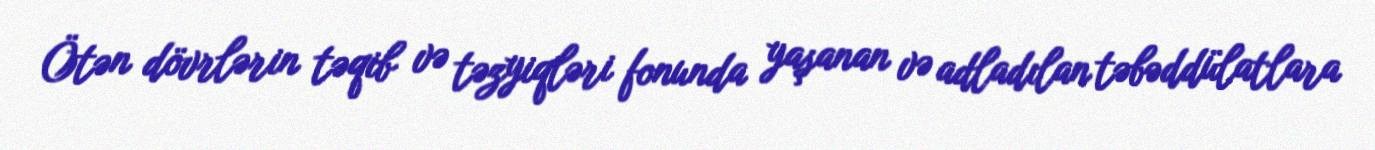
Ötən dövrlərin təqib və təzyiqləri fonunda yaşanan və adladılan təbəddülatlara